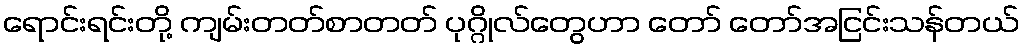
ရောင်းရင်းတို့ ကျမ်းတတ်စာတတ် ပုဂ္ဂိုလ်တွေဟာ တော် တော်အငြင်းသန်တယ်